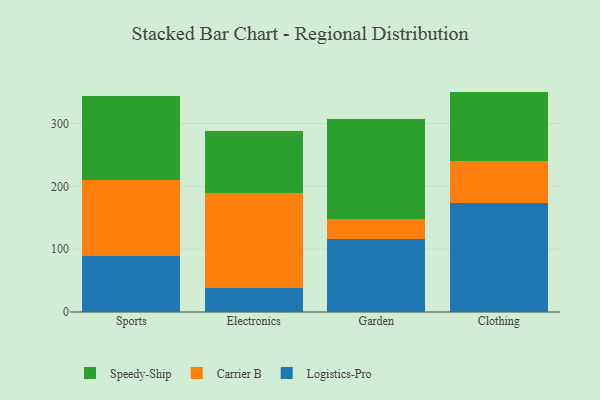
{"axis": {"x": "Category", "y": "Operating Costs (USD K)"}, "legend": ["Carrier B", "Logistics-Pro", "Speedy-Ship"], "data": [{"x": "Sports", "y": 89.3, "type": "Logistics-Pro"}, {"x": "Sports", "y": 120.4, "type": "Carrier B"}, {"x": "Sports", "y": 134.4, "type": "Speedy-Ship"}, {"x": "Electronics", "y": 38.6, "type": "Logistics-Pro"}, {"x": "Electronics", "y": 150.2, "type": "Carrier B"}, {"x": "Electronics", "y": 99.7, "type": "Speedy-Ship"}, {"x": "Garden", "y": 116.1, "type": "Logistics-Pro"}, {"x": "Garden", "y": 31.7, "type": "Carrier B"}, {"x": "Garden", "y": 159.3, "type": "Speedy-Ship"}, {"x": "Clothing", "y": 173.6, "type": "Logistics-Pro"}, {"x": "Clothing", "y": 67.0, "type": "Carrier B"}, {"x": "Clothing", "y": 110.2, "type": "Speedy-Ship"}]}